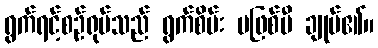
ရွက်ရင့်စဉ်ရုပ်သည် ရွက်စိမ်း မဖြစ်မီ ချုပ်၏။